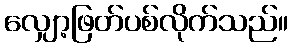
လျှော့ဖြတ်ပစ်လိုက်သည်။